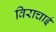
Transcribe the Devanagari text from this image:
विराचाई